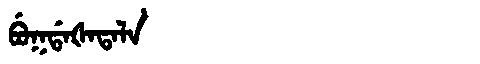
Manchu: ᠪᡠᡴᡩᠠᡧᠠᡨᠠᠯᠠ
Romanization: BUKDAŠATALA